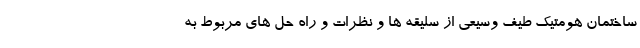
ساختمان هومتیک طیف وسیعی از سلیقه ها و نظرات و راه حل های مربوط به